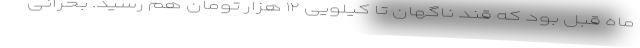
ماه قبل بود که قند ناگهان تا کیلویی ۱۲ هزار تومان هم رسید. بحرانی